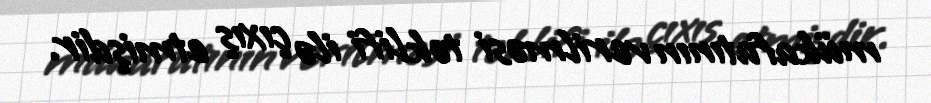
mükafatının verilməsi təklifi ilə çıxış etmişdir.